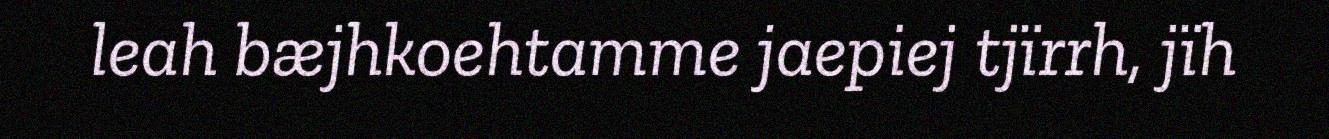
leah bæjhkoehtamme jaepiej tjïrrh, jïh